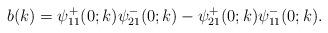
LaTeX: \begin{align*}b(k)=\psi^+_{11}(0 ;k) \psi^-_{21}(0;k)-\psi^+_{21}(0;k) \psi^-_{11}(0;k) .\end{align*}